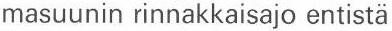
masuunin rinnakkaisajo entistä